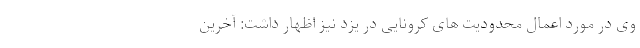
وی در مورد اعمال محدودیت های کرونایی در یزد نیز اظهار داشت: آخرین